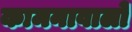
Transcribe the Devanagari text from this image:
कामनावालों